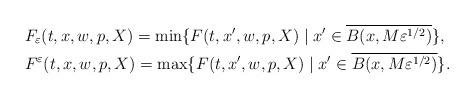
LaTeX: \begin{align*}&F_\varepsilon(t,x,w,p,X)=\min\{F(t,x',w,p,X)\mid x'\in\overline{B(x,M\varepsilon^{1/2})}\},\quad\\&F^\varepsilon(t,x,w,p,X)=\max\{F(t,x',w,p,X)\mid x'\in\overline{B(x,M\varepsilon^{1/2})}\}.\end{align*}